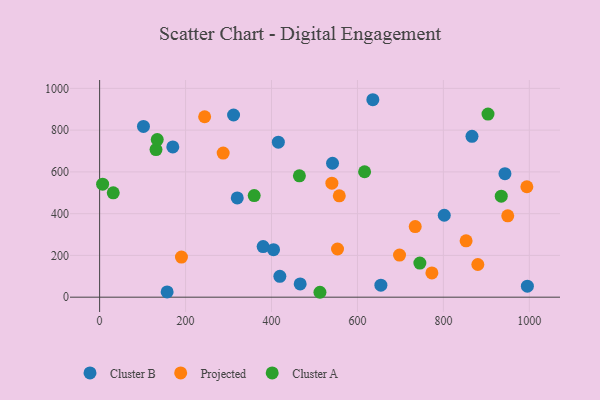
{"axis": {"x": "Price", "y": "Yield"}, "legend": ["Cluster A", "Cluster B", "Projected"], "data": [{"x": "157.1", "y": 25.1, "type": "Cluster B"}, {"x": "466.7", "y": 63.6, "type": "Cluster B"}, {"x": "943.2", "y": 591.4, "type": "Cluster B"}, {"x": "802.0", "y": 392.3, "type": "Cluster B"}, {"x": "866.5", "y": 770.2, "type": "Cluster B"}, {"x": "311.7", "y": 872.5, "type": "Cluster B"}, {"x": "380.5", "y": 242.2, "type": "Cluster B"}, {"x": "635.8", "y": 945.6, "type": "Cluster B"}, {"x": "170.3", "y": 719.5, "type": "Cluster B"}, {"x": "419.4", "y": 100.1, "type": "Cluster B"}, {"x": "654.5", "y": 57.5, "type": "Cluster B"}, {"x": "995.4", "y": 52.9, "type": "Cluster B"}, {"x": "542.0", "y": 641.4, "type": "Cluster B"}, {"x": "102.0", "y": 817.5, "type": "Cluster B"}, {"x": "415.9", "y": 742.4, "type": "Cluster B"}, {"x": "320.3", "y": 475.4, "type": "Cluster B"}, {"x": "404.7", "y": 227.6, "type": "Cluster B"}, {"x": "852.8", "y": 270.0, "type": "Projected"}, {"x": "773.2", "y": 116.0, "type": "Projected"}, {"x": "190.4", "y": 192.0, "type": "Projected"}, {"x": "244.4", "y": 864.0, "type": "Projected"}, {"x": "949.7", "y": 389.5, "type": "Projected"}, {"x": "553.6", "y": 230.7, "type": "Projected"}, {"x": "287.5", "y": 689.9, "type": "Projected"}, {"x": "994.2", "y": 528.8, "type": "Projected"}, {"x": "557.7", "y": 485.2, "type": "Projected"}, {"x": "697.9", "y": 201.7, "type": "Projected"}, {"x": "734.4", "y": 337.9, "type": "Projected"}, {"x": "540.5", "y": 546.2, "type": "Projected"}, {"x": "880.1", "y": 156.4, "type": "Projected"}, {"x": "903.8", "y": 877.0, "type": "Cluster A"}, {"x": "7.0", "y": 541.4, "type": "Cluster A"}, {"x": "934.6", "y": 483.5, "type": "Cluster A"}, {"x": "616.6", "y": 600.8, "type": "Cluster A"}, {"x": "131.2", "y": 707.0, "type": "Cluster A"}, {"x": "134.1", "y": 754.9, "type": "Cluster A"}, {"x": "359.7", "y": 486.7, "type": "Cluster A"}, {"x": "464.9", "y": 581.3, "type": "Cluster A"}, {"x": "512.7", "y": 23.5, "type": "Cluster A"}, {"x": "31.7", "y": 499.8, "type": "Cluster A"}, {"x": "745.2", "y": 163.3, "type": "Cluster A"}]}